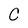
Character: C